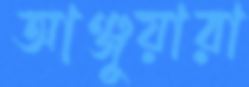
আঞ্জুয়ারা